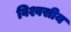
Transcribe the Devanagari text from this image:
विश्वसीय